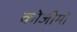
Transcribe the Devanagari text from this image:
कोजीमो